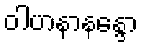
ဝါဟနာနန္ဒော